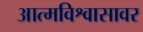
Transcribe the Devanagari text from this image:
आत्मविश्वासावर